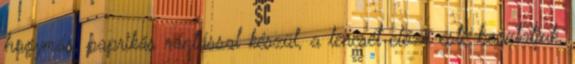
hagymás, paprikás rántással készül, a lencsét előző este beáztatjuk,